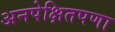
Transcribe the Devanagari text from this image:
अनपेक्षितपणा